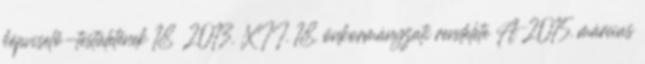
képviselő-testületének 18 2013. XII. 18. önkormányzati rendelete A 2015. március